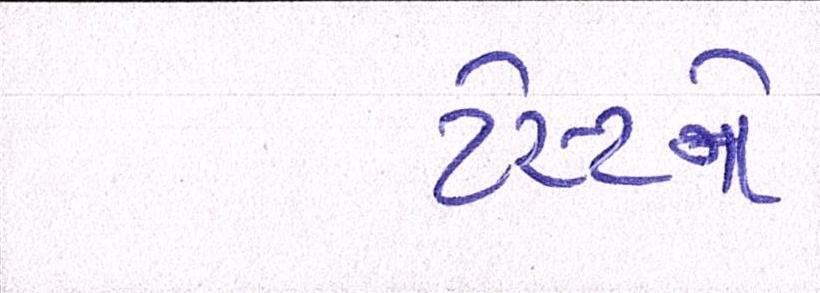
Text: ટેસ્ટને